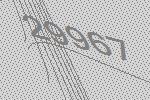
29967